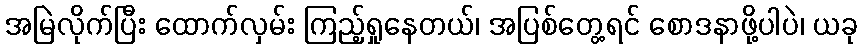
အမြဲလိုက်ပြီး ထောက်လှမ်း ကြည့်ရှုနေတယ်၊ အပြစ်တွေ့ရင် စောဒနာဖို့ပါပဲ၊ ယခု